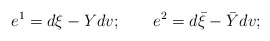
\begin{align*}e^1 = d \xi - Y d v; \qquad e^2 = d \bar \xi - \bar Y d v; \end{align*}